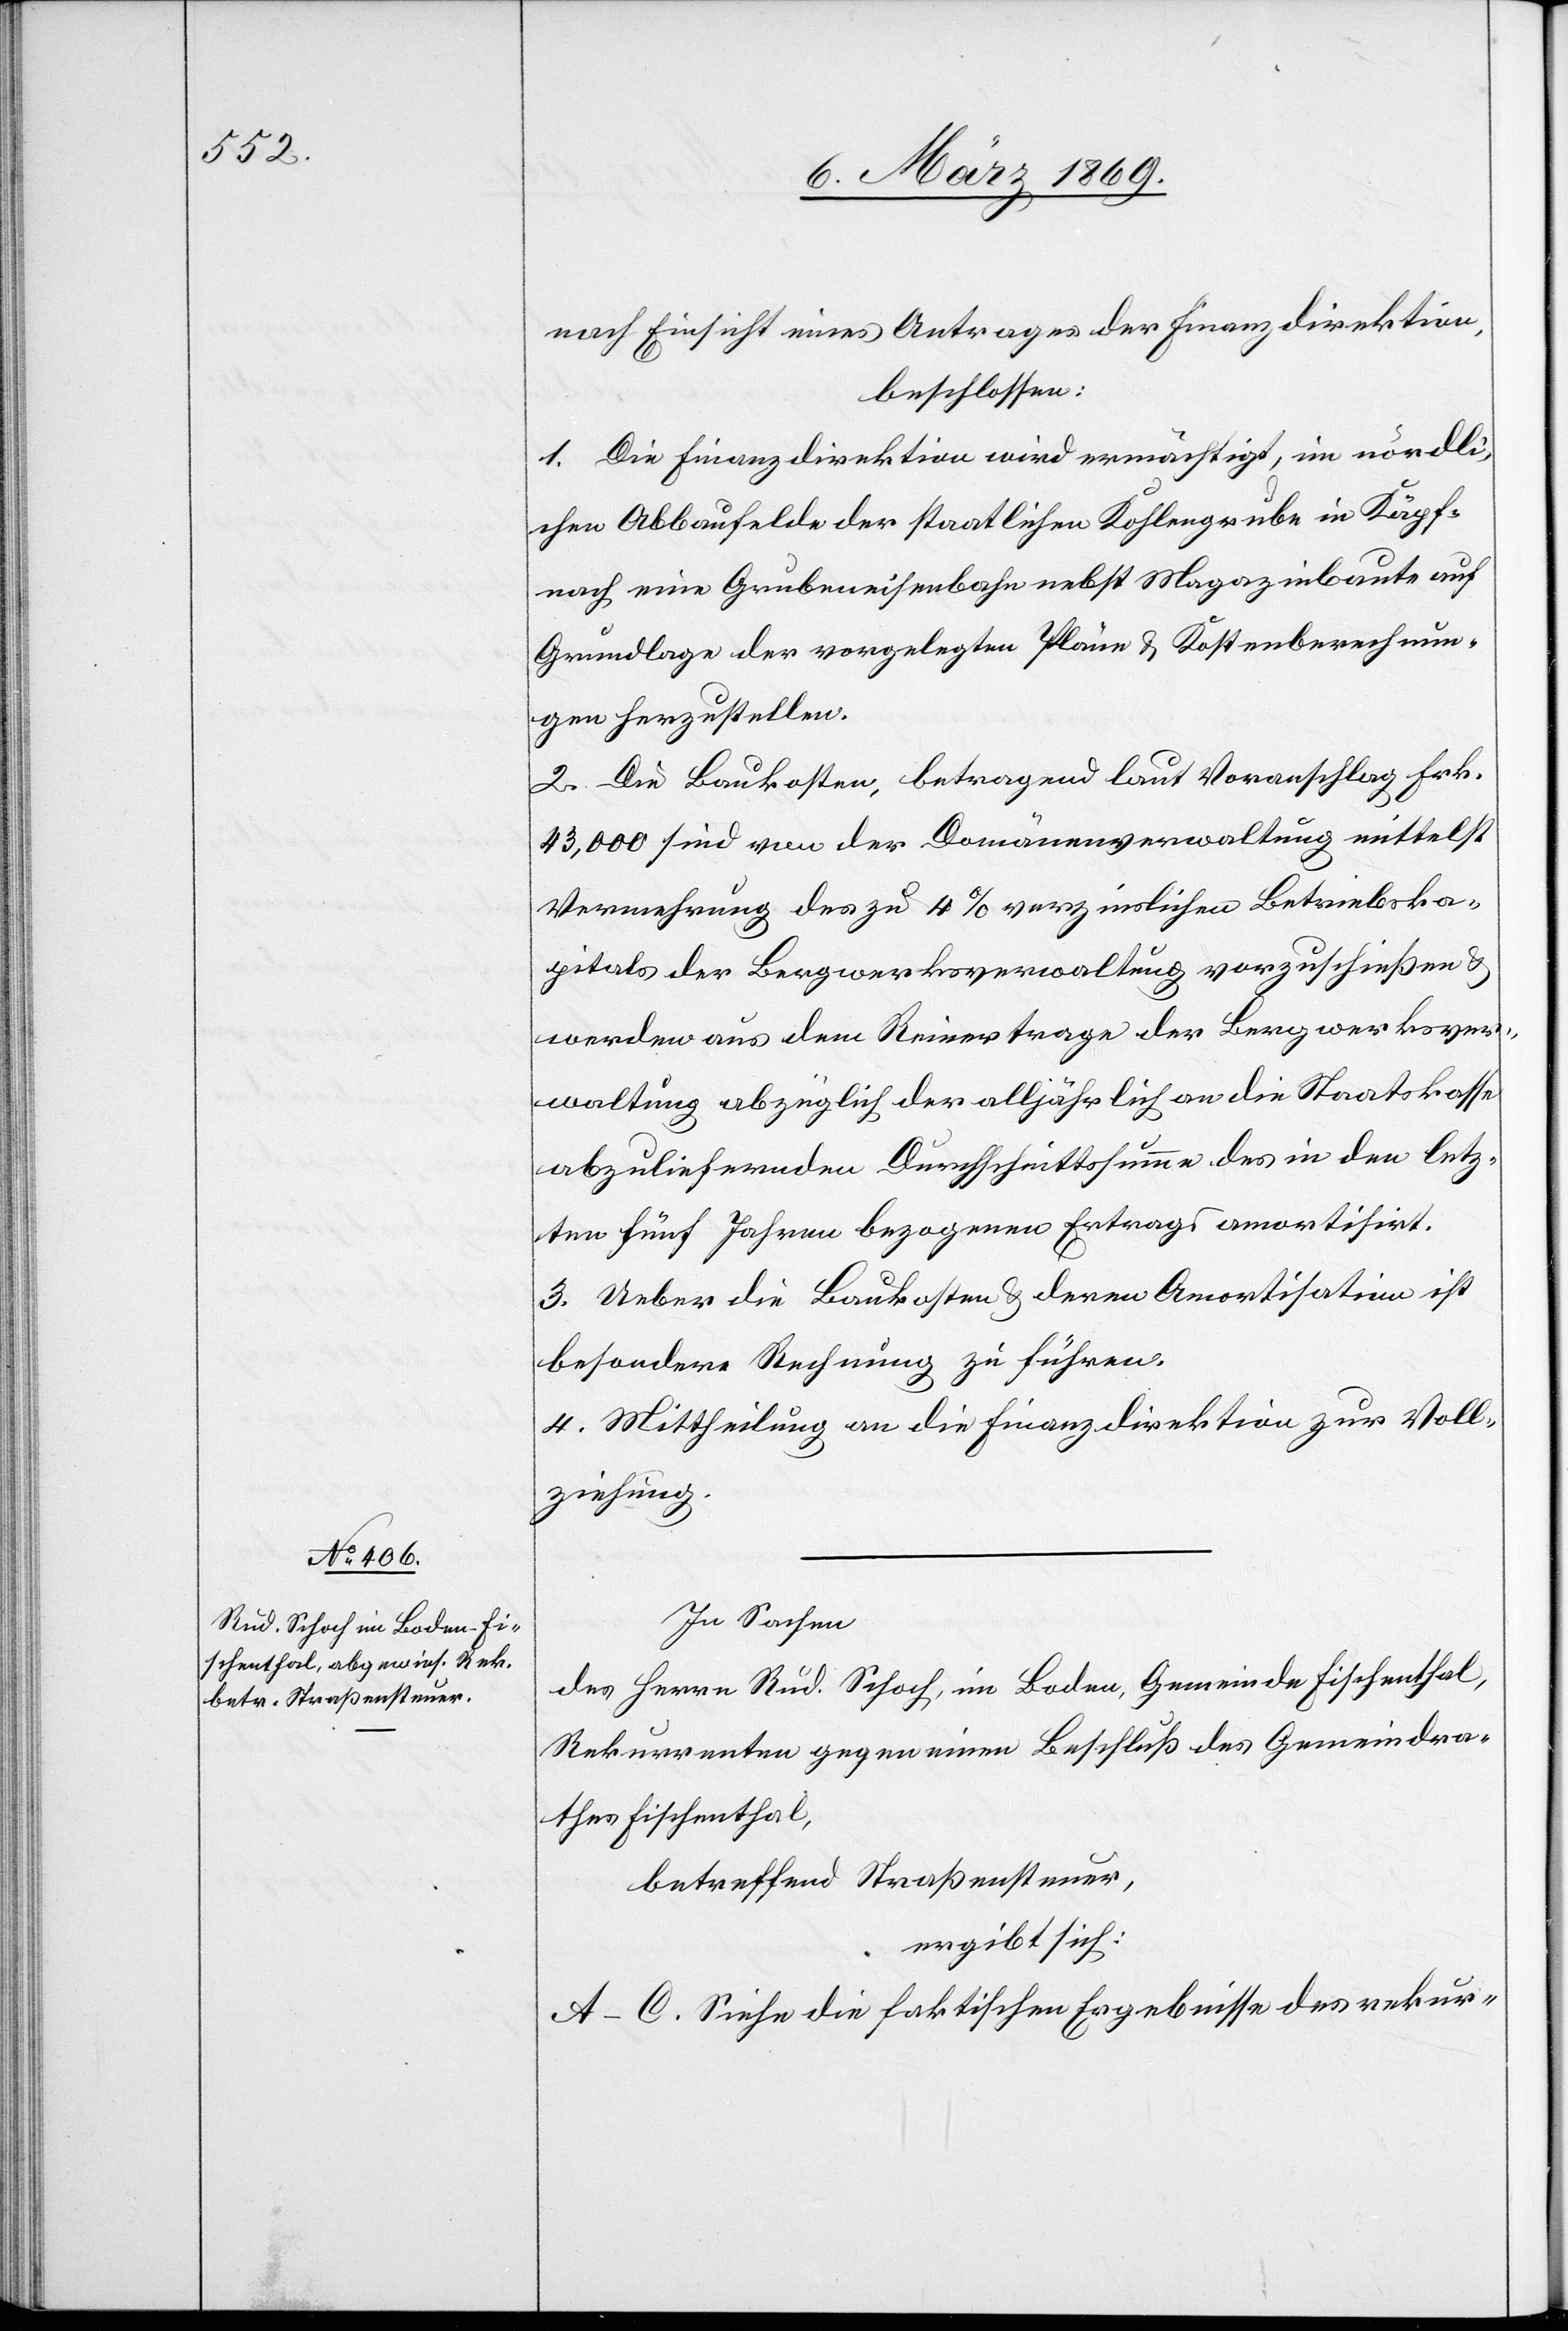
nach Einsicht eines Antrages der Finanzdirektion,
beschlossen:
1. Die Finanzdirektion wird ermächtigt, im nördli¬
chen Abbaufelde der staatlichen Kohlengrube in Käpf¬
nach eine Grubeneisenbahn nebst Magazinbaute auf
Grundlage der vorgelegten Pläne & Kostenberechnun¬
gen herzustellen.
2. Die Baukosten, betragend laut Voranschlag Frk.
43,000 sind von der Domänenverwaltung mittelst
Vermehrung des zu 4% verzinslichen Betriebska¬
pitals der Bergwerksverwaltung vorzuschießen &
werden aus dem Reinertrage der Bergwerksver¬
waltung abzüglich der alljährlich an die Staatskasse
abzuliefernden Durchschnittssumme des in den letz¬
ten fünf Jahren bezogenen Ertrags amortisirt.
3. Ueber die Baukosten & deren Amortisation ist
besondere Rechnung zu führen.
4. Mittheilung an die Finanzdirektion zur Voll¬
ziehung.
In Sachen
des Herrn Rud. Schoch, im Boden, Gemeinde Fischenthal,
Rekurrenten gegen einen Beschluß des Gemeindra¬
thes Fischenthal,
betreffend Straßensteuer,
ergibt sich:
A-C. Siehe die faktischen Ergebnisse des rekur-